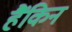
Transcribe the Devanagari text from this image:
हैंकिन